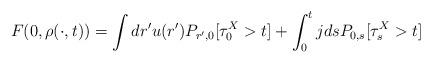
LaTeX: \begin{align*}F(0,\rho(\cdot,t)) = \int dr' {u(r')} P_{r',0}[\tau_0^X > t]+ \int_{0}^{{t}} j ds P_{0,s}[\tau_s^X > t]\;\end{align*}